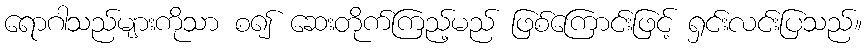
ရောဂါသည်များကိုသာ စ၍ ဆေးတိုက်ကြည့်မည် ဖြစ်ကြောင်းဖြင့် ရှင်းလင်းပြသည်။